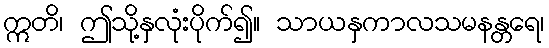
ဣတိ၊ ဤသို့နှလုံးပိုက်၍။ သာယနှကာလသမနန္တရေ၊